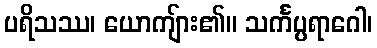
ပရိသဿ၊ ယောကျ်ား၏။ သင်္ကပ္ပရာဂေါ၊